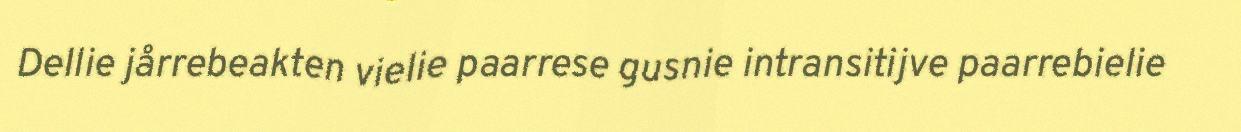
Dellie jårrebeakten vielie paarrese gusnie intransitijve paarrebielie